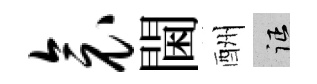
衾閫酬征